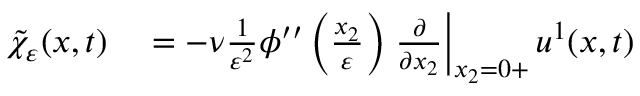
\begin{array} { r l } { \tilde { \chi } _ { \varepsilon } ( x , t ) } & { { } = - \nu \frac { 1 } { \varepsilon ^ { 2 } } \phi ^ { \prime \prime } \left( \frac { x _ { 2 } } { \varepsilon } \right) \left. \frac { \partial } { \partial x _ { 2 } } \right| _ { x _ { 2 } = 0 + } u ^ { 1 } ( x , t ) } \end{array}